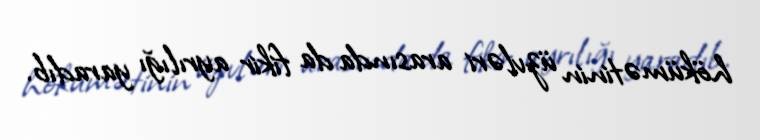
hökümətinin üzvləri arasında da fikir ayrılığı yaradıb.